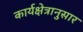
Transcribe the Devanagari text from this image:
कार्यक्षेत्रानुसार